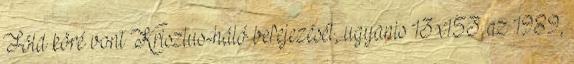
Föld köré vont Krisztus-háló befejezését, ugyanis 13x153 az 1989,